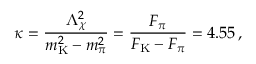
\kappa = \frac { \Lambda _ { \chi } ^ { 2 } } { m _ { \mathrm { K } } ^ { 2 } - m _ { \pi } ^ { 2 } } = \frac { F _ { \pi } } { F _ { \mathrm { K } } - F _ { \pi } } = 4 . 5 5 \, ,